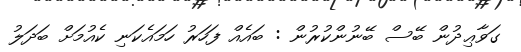
ގަވާޢިދުން ބޭސް ބޭނުންކުރުން : ބައެއް ފަހަރު ހަމައެކަނި ކެއުމަށް ބަދަލު